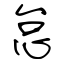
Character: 怠